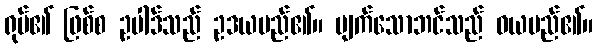
ရုပ်၏ ဖြစ်စ ဥပါဒ်သည် ဥဒယမည်၏။ ပျက်သောဘင်သည် ဝယမည်၏။